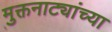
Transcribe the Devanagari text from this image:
मुक्तनाट्यांच्या